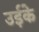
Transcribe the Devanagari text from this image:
उईके